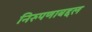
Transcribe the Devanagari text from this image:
निरुपणाबद्दल